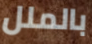
بالملل